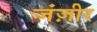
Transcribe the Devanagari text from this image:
जंज़ीर